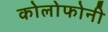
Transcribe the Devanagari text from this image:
कोलोफोनी